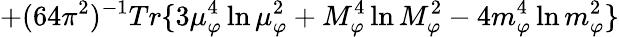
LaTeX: +(64\pi^{2})^{-1}Tr\{ 3\mu_{\varphi}^{4}\ln\mu_{\varphi}^{2}+M_{\varphi}^{4}\ln M_{\varphi}^{2}-4m_{\varphi}^{4}\ln m_{\varphi}^{2}\}